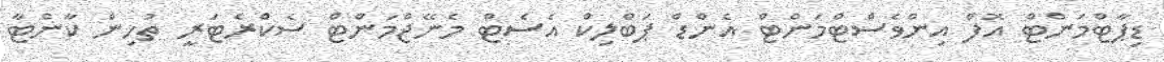
ޑިޕާޓްމަންޓް އޮފް އިންވެސްޓްމަންޓް އެންޑް ޕަބްލިކް އެސެޓް މެނޭޖްމަންޓް ސެކްރެޓަރީ ތުހިން ކާންޓާ